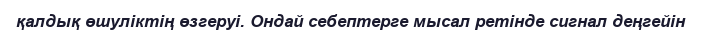
қалдық өшуліктің өзгеруі. Ондай себептерге мысал ретінде сигнал деңгейін